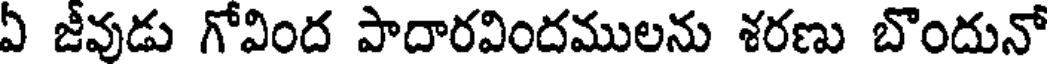
ఏ జీవుడు గోవింద పాదారవిందములను శరణు బొందునో